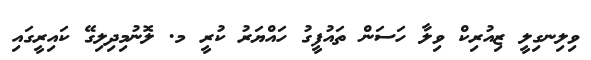
ވިލިނގިލީ ޒިއުރިކް ވިލާ ހަސަން ތައުފީގު ހައްޔަރު ކުރީ މ. ލޮނުމިދިލިގޭ ކައިރީގައި